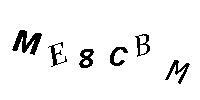
ME8CBM